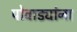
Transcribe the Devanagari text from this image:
पोवाड्यांना